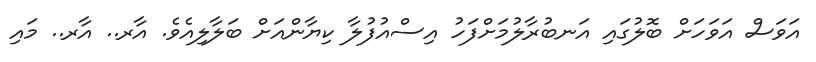
އަވަސް އަވަހަށް ބޮލުގައި އަނބުރާލުމަށްފަހު އިސްއުފުލާ ކިޔާންއަށް ބަލާލިއެވެ. އާރ.. އާރ.. މައި